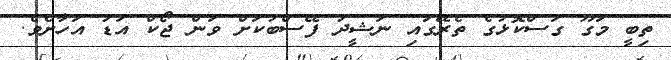
ތިބީ މަގޫ ގަސްކޮޅުގެ ތެރޭގައި ނަޝީދު ފޭސްބުކަށް ވަން ޖޯކް އަޑު އަހާށެވެ.